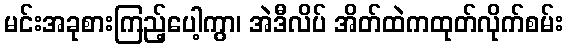
မင်းအခုစားကြည့်ပေါ့ကွာ၊ အဲဒီလိပ် အိတ်ထဲကထုတ်လိုက်စမ်း